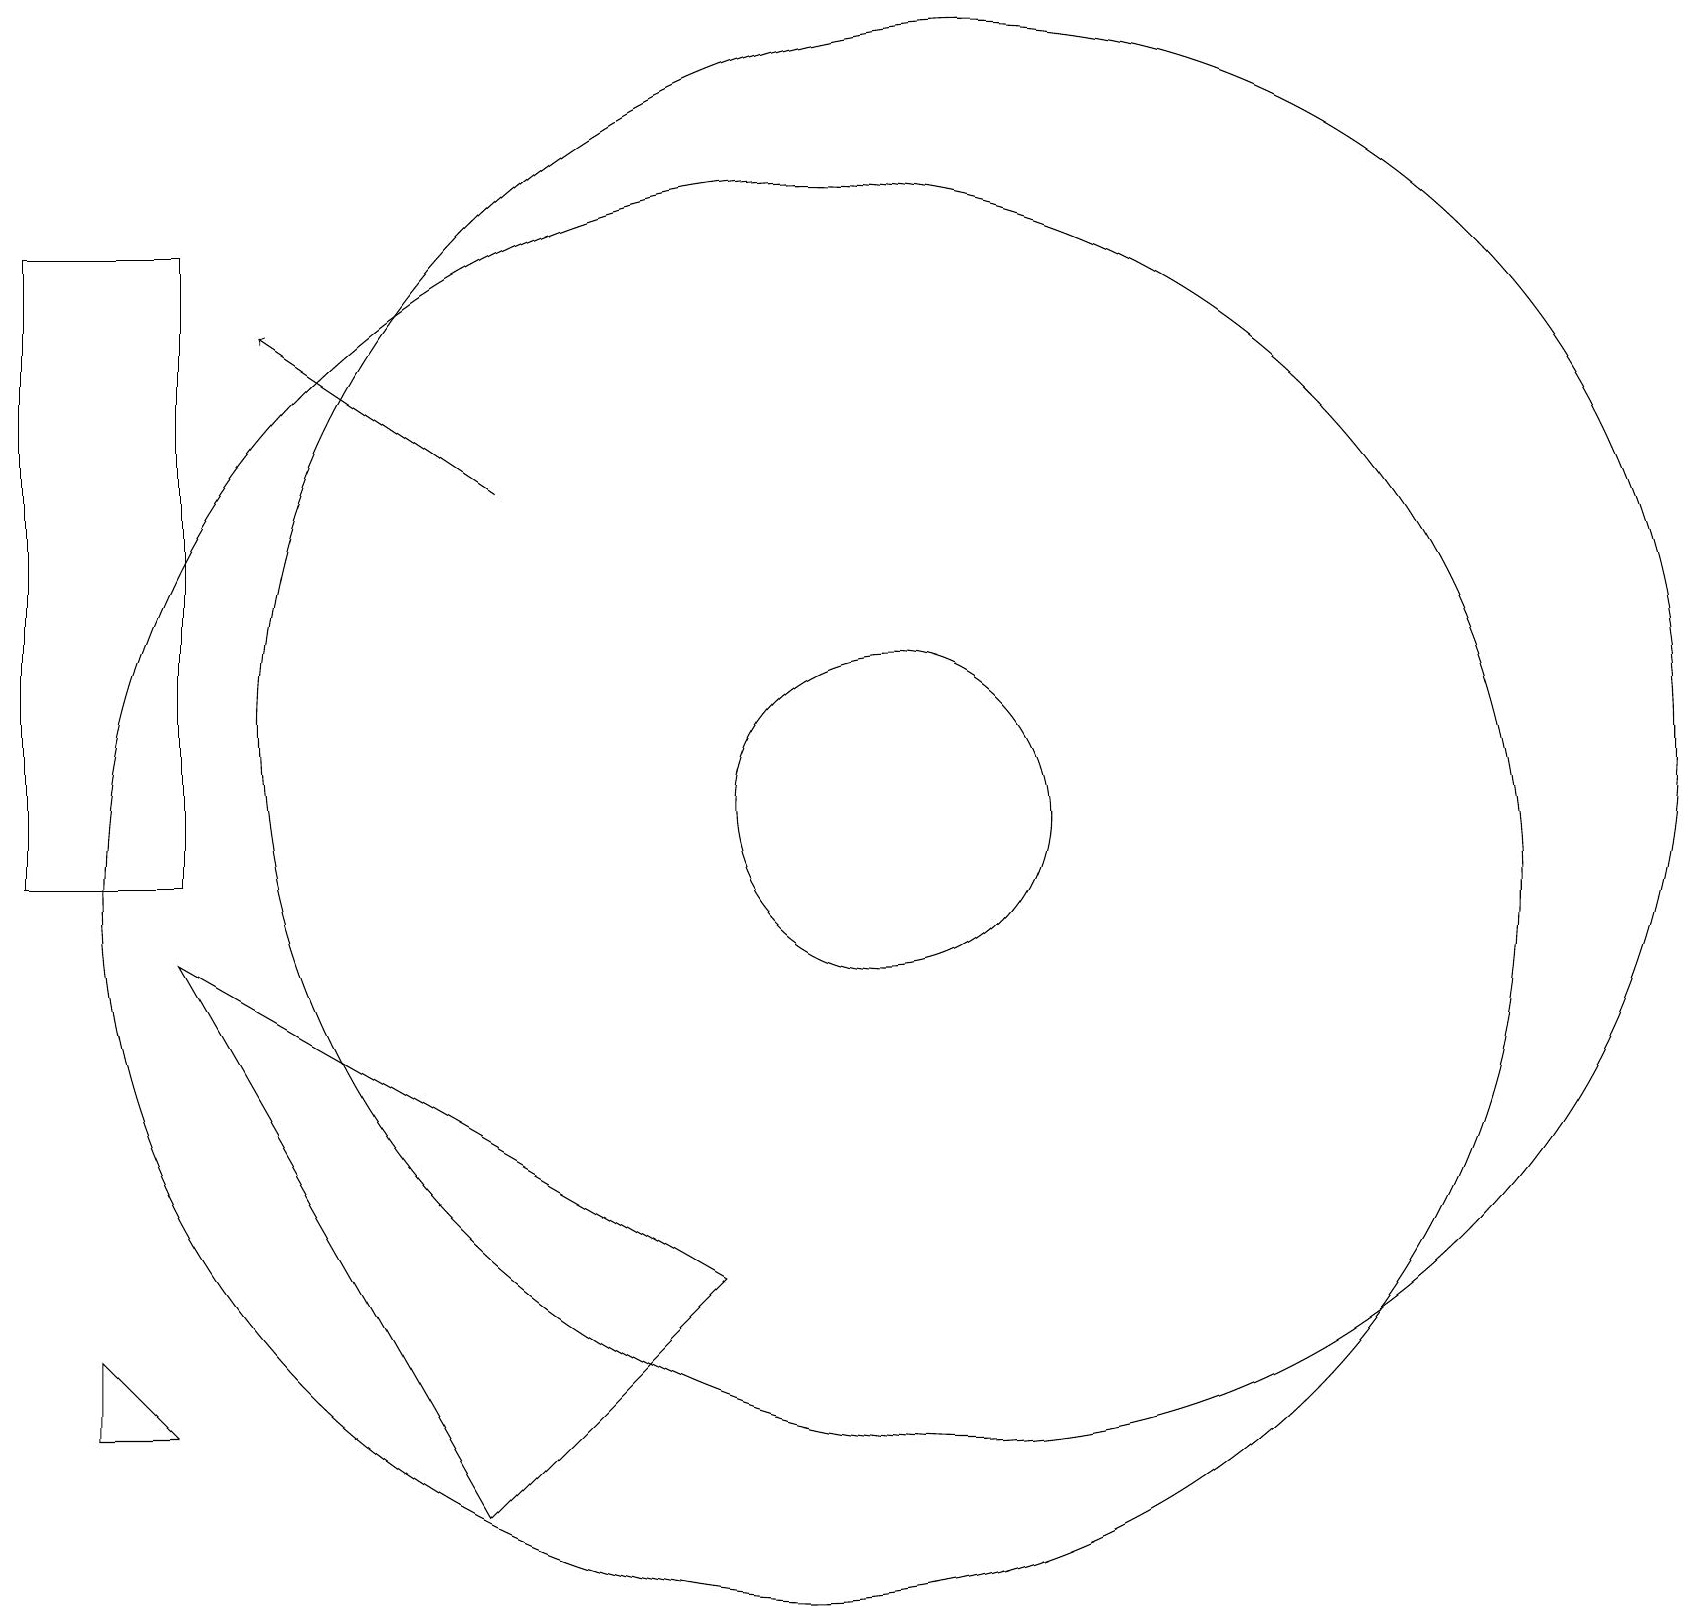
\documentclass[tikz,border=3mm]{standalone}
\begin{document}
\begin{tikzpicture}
\draw (10,10) circle (9);
\draw (9,5) -- (6,2) -- (2,9) -- cycle;
\draw (12,10) circle (0);
\draw (11,11) circle (2);
\draw (1,4) -- (1,3) -- (2,3) -- cycle;
\draw[->] (6,15) -- (3,17);
\draw (12,12) circle (9);
\draw (0,18) rectangle (2,10);
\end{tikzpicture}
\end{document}